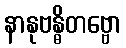
နာနုဗန္ဓိတဗ္ဗော